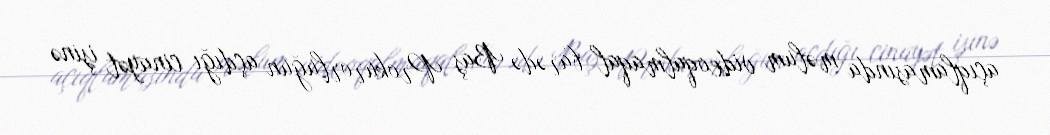
açıqlamasında məlum videoqalmaqal barədə Baş Prokurorluğun açdığı cinayət işinə